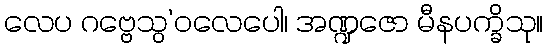
လေပ ဂဗ္ဗေသွ’ဝလေပေါ၊ အဏ္ဍဇော မီနပက္ခိသု။